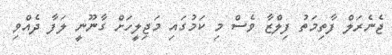
ޖެނެރަލް ފާތިމަތު ފިލްޒާ ވެސް މި ކަމުގައި މަޖިލީހަށް ގާނޫނީ ލަފާ ދެއްވި